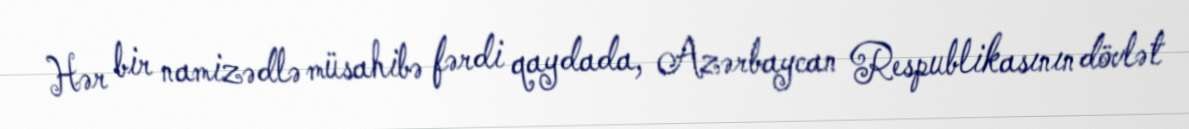
Hər bir namizədlə müsahibə fərdi qaydada, Azərbaycan Respublikasının dövlət